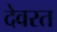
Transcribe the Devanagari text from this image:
देवरत